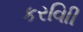
કરવાિી